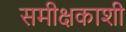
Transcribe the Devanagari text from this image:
समीक्षकाशी